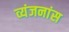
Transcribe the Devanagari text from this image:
व्यंजनांस